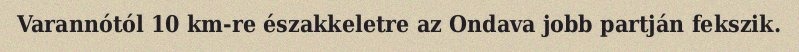
Varannótól 10 km-re északkeletre az Ondava jobb partján fekszik.